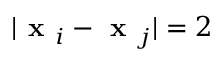
| \textbf { x } _ { i } - \textbf { x } _ { j } | = 2